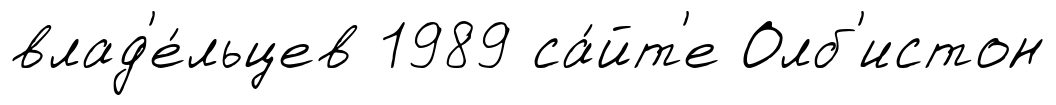
влад'е́льцев 1989 са́йт'е Олб'истон